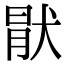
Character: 猒